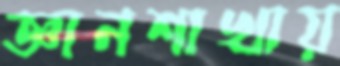
জ্ঞানশাখায়